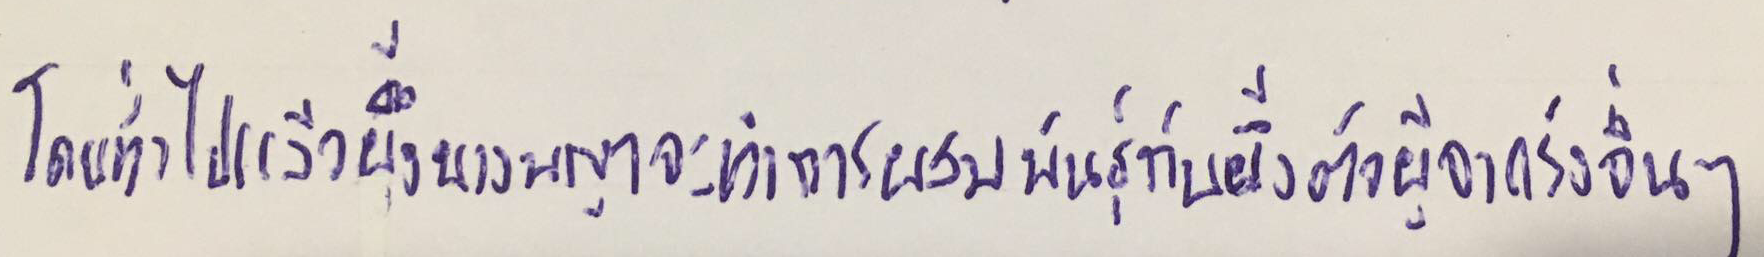
โดยทั่วไปแล้วผึ้งนางพญาจะทำการผสมพันธุ์กับผึ้งตัวผู้จากรังอื่นๆ